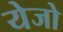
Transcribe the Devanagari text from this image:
येजो